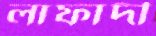
লাফাদী